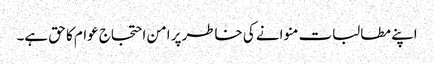
اپنے مطالبات منوانے کی خاطرپر امن احتجاج عوام کا حق ہے۔